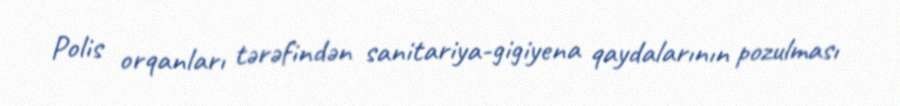
Polis orqanları tərəfindən sanitariya-gigiyena qaydalarının pozulması